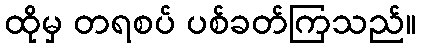
ထိုမှ တရစပ် ပစ်ခတ်ကြသည်။